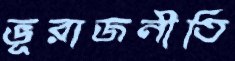
ভূরাজনীতি